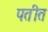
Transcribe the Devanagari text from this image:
पतीत